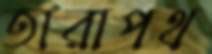
তারাপথ